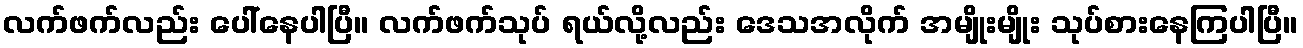
လက်ဖက်လည်း ပေါ်နေပါပြီ။ လက်ဖက်သုပ် ရယ်လို့လည်း ဒေသအလိုက် အမျိုးမျိုး သုပ်စားနေကြပါပြီ။